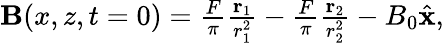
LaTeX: \begin{array}{r}{{\mathbf B}(x,z,t=0)=\frac{F}{\pi}\frac{{\mathbf r}_{1}}{r_{1}^{2}}-\frac{F}{\pi}\frac{{\mathbf r}_{2}}{r_{2}^{2}}-B_{0}\hat{\mathbf x},}\end{array}